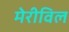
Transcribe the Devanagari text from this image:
मेरीविल